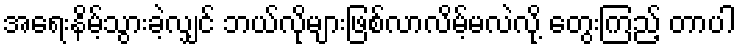
အရေးနိမ့်သွားခဲ့လျှင် ဘယ်လိုများဖြစ်လာလိမ့်မလဲလို့ တွေးကြည့် တာပါ